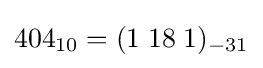
404_{10}=(1\;18\;1)_{-31}